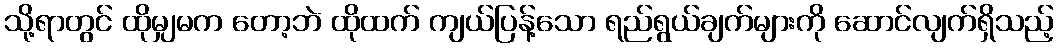
သို့ရာတွင် ထိုမျှမက တော့ဘဲ ထိုထက် ကျယ်ပြန့်သော ရည်ရွယ်ချက်များကို ဆောင်လျက်ရှိသည့်